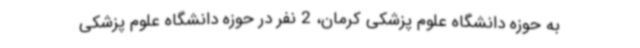
به حوزه دانشگاه علوم پزشکی کرمان، 2 نفر در حوزه دانشگاه علوم پزشکی